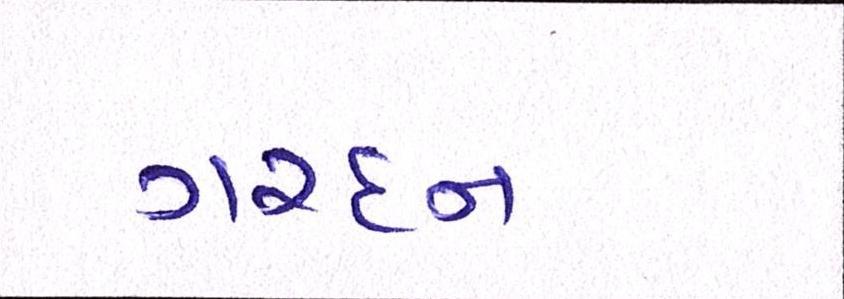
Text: ગરદન